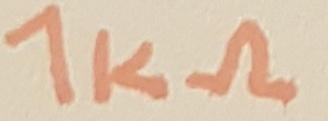
Text: 1KΩ